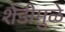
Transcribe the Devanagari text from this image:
शेंडीमुळे